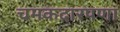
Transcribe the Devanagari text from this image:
चमकदारपणा